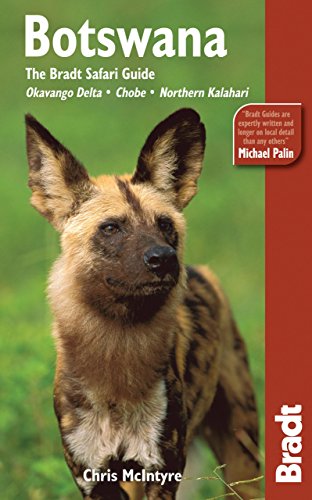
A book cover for Botswana: The Bradt Safari Guide: Okavango Delta, Chobe, Northern Kalahari (Bradt Travel Guide Botswana); Chris McIntyre; Travel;